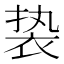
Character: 𬡓